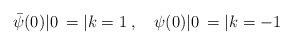
LaTeX: \begin{align*}{\bar \psi}(0)|0\> = |k=1\>,\quad \psi(0)|0\> = |k=-1\>\end{align*}